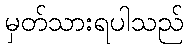
မှတ်သားရပါသည်